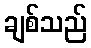
ချစ်သည်